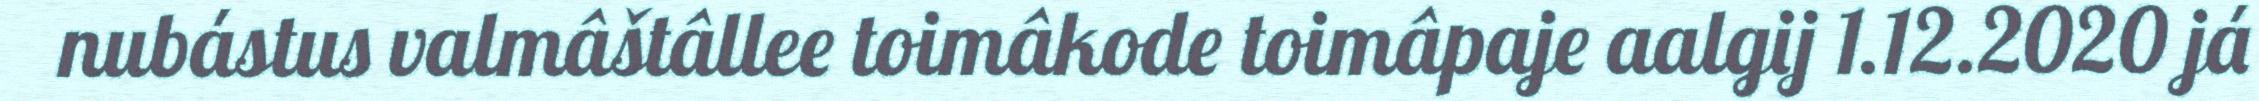
nubástus valmâštâllee toimâkode toimâpaje aalgij 1.12.2020 já